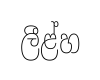
ලීළ්හ